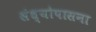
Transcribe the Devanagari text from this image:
संध्योपासना